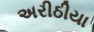
અરીઠીયા